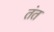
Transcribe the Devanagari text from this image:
तंत